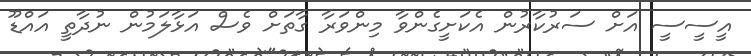
އީސީސީ އަށް ސަރުކާރުން އެކަށީގެންވާ މިންވަރާ ގާތަށް ވެސް އަޅާލަމުން ނުދާތީ އައްޑޫ